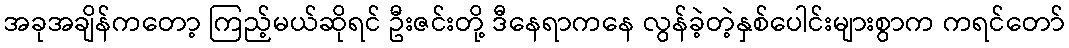
အခုအချိန်ကတော့ ကြည့်မယ်ဆိုရင် ဦးဇင်းတို့ ဒီနေရာကနေ လွန်ခဲ့တဲ့နှစ်ပေါင်းများစွာက ကရင်တော်